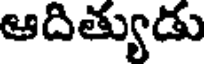
ఆదిత్యుడు